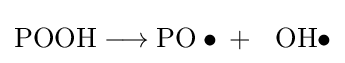
{\mathrm {POOH} {}\mathrel {\longrightarrow } {}\mathrm {PO} \bullet {}+{}\ ~\mathrm {OH} \bullet }